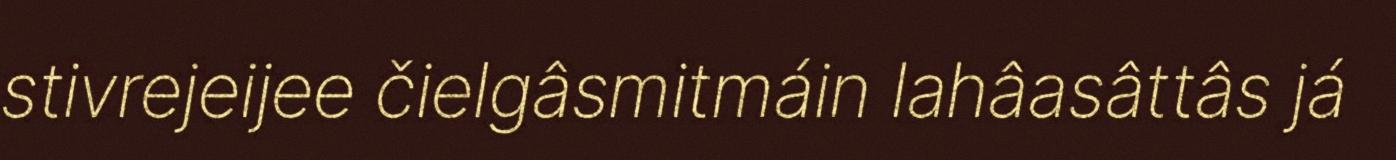
stivrejeijee čielgâsmitmáin lahâasâttâs já